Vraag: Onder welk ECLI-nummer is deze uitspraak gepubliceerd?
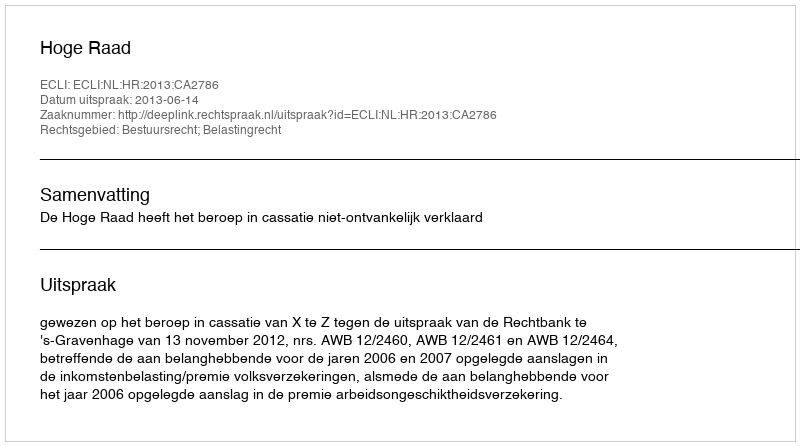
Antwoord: ECLI:NL:HR:2013:CA2786